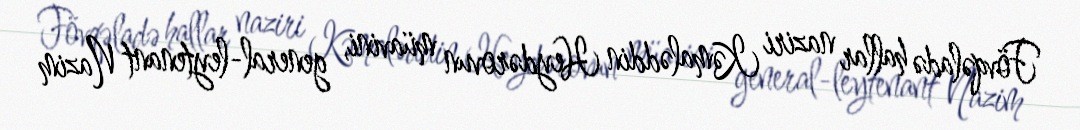
Fövqəladə hallar naziri Kəmaləddin Heydərovun müavini, general-leytenant Nazim